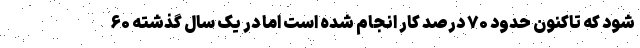
شود که تاکنون حدود ۷۰ درصد کار انجام شده است اما در یک سال گذشته ۶۰